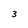
Character: 3